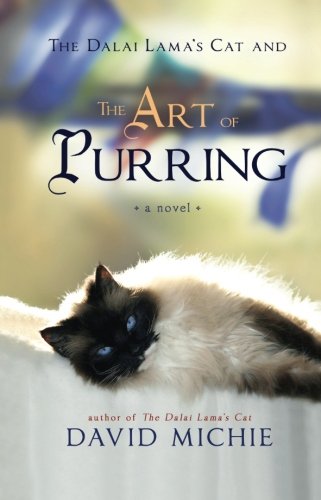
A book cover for The Dalai Lama's Cat and the Art of Purring; David Michie; Literature & Fiction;